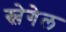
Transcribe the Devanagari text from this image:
स्लेगेल